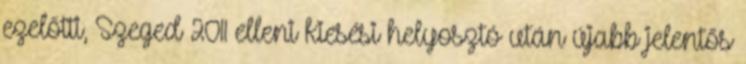
ezelőtti, Szeged 2011 elleni kiesési helyosztó után újabb jelentős